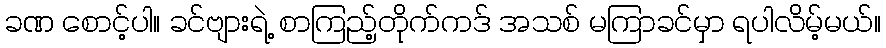
ခဏ စောင့်ပါ။ ခင်ဗျားရဲ့ စာကြည့်တိုက်ကဒ် အသစ် မကြာခင်မှာ ရပါလိမ့်မယ်။